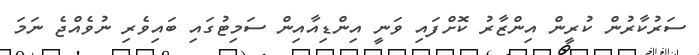
ސަރުކާރުން ކުރީން އިންޒާރު ކޮށްފައި ވަނީ އިންޑިއާއިން ސަމިޓުގައި ބައިވެރި ނުވެއްޖެ ނަމަ